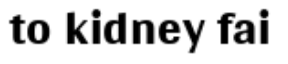
to kidney fai